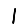
Digit: 1